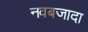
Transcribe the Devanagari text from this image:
नवबजादा